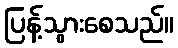
ပြန့်သွားစေသည်။